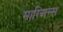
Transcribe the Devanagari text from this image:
मारिअन्स